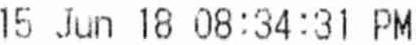
15 JUN 18 08:34:31 PM